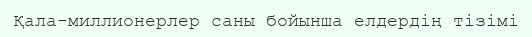
Қала-миллионерлер саны бойынша елдердің тізімі